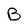
Character: B